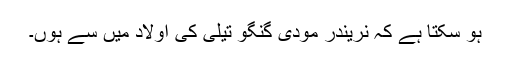
ہو سکتا ہے کہ نریندر مودی گنگو تیلی کی اولاد میں سے ہوں۔